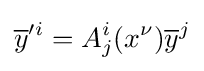
{\overline {y}}'^{i}=A_{j}^{i}(x^{\nu }){\overline {y}}^{j}